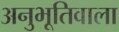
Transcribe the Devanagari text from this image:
अनुभूतिवाला